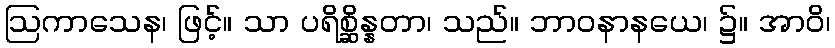
ဩကာသေန၊ ဖြင့်။ သာ ပရိစ္ဆိန္နတာ၊ သည်။ ဘာဝနာနယေ၊ ၌။ အာဝိ၊